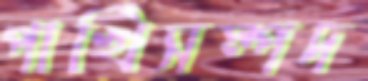
পাখিসম্পদ